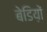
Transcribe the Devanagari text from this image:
बेडिय़ों